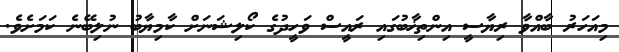
މިއަހަރު ބާއްވާ ރިޔާސީ އިންތިޚާބުގައި ރައީސް ވަހީދުގެ ކޯލިޝަނަށް ކާމިޔާބު ނުލިބޭނެ ކަމަށެވެ.